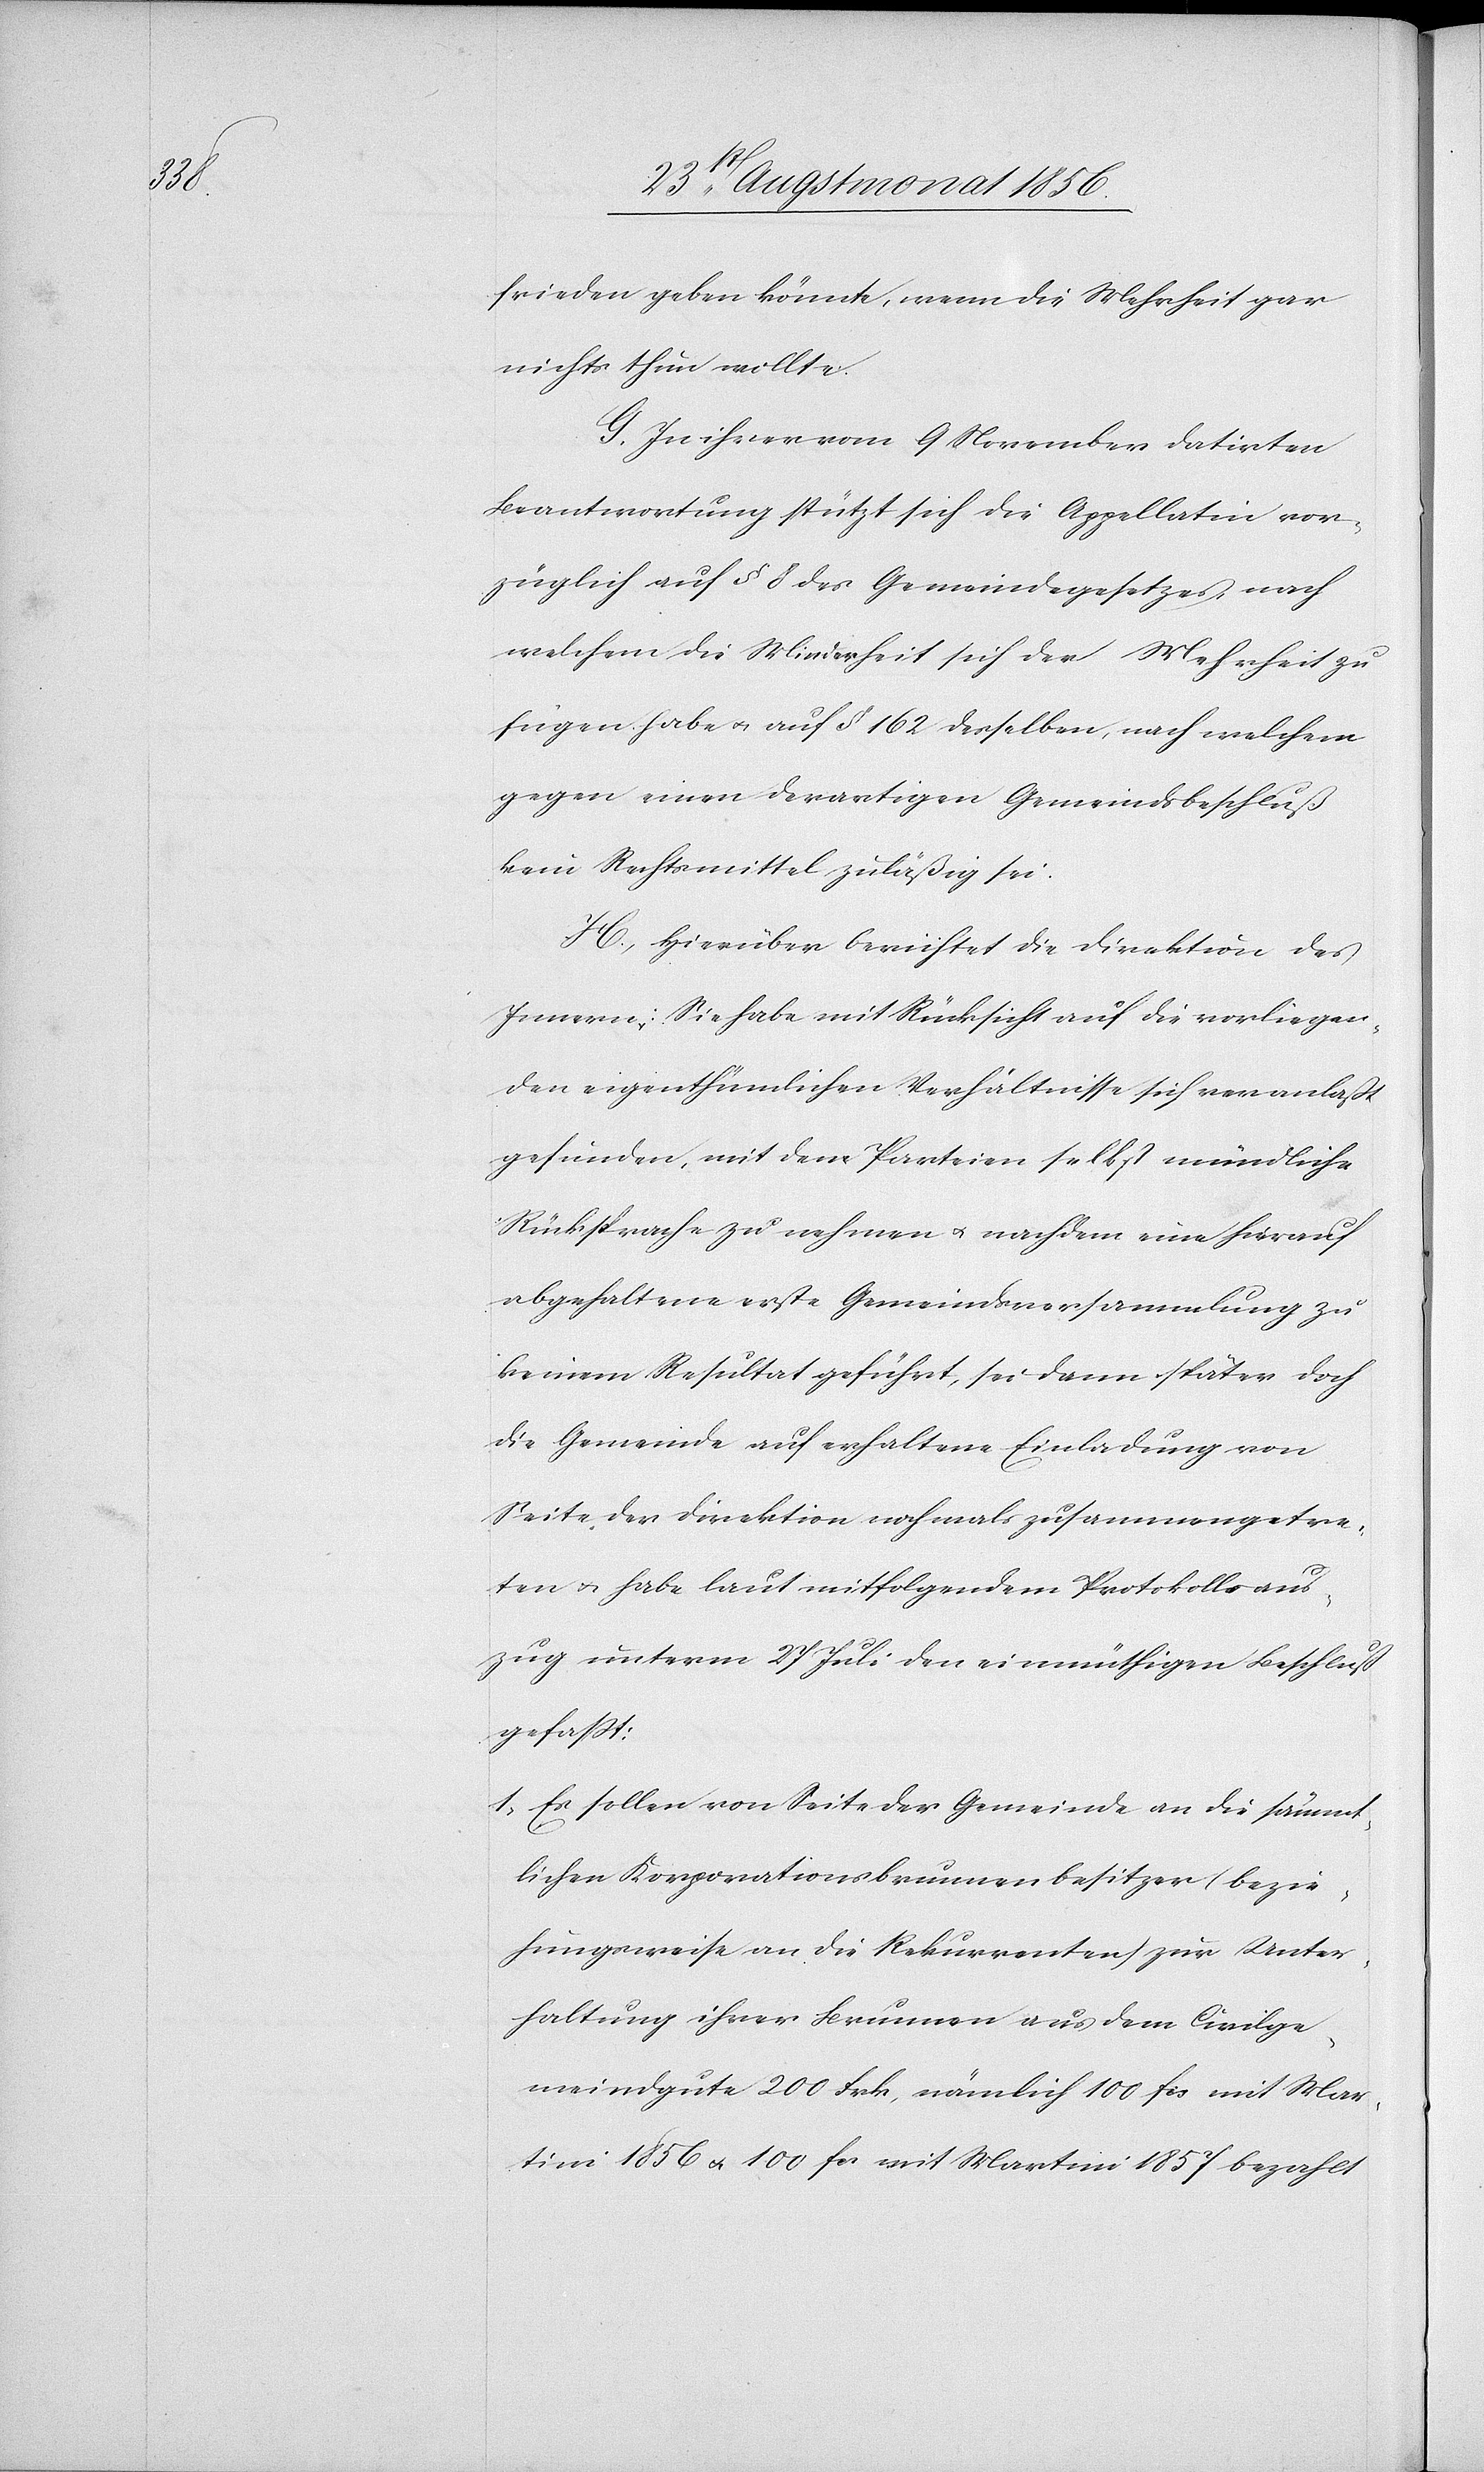
frieden geben könnte, wenn die Mehrheit gar
nichts thun wollte.
G. In ihrer vom 9 November datirten
Beantwortung stützt sich die Appellatin vor¬
züglich auf § 8 des Gemeindegesetzes, nach
welchem die Minderheit sich der Mehrheit zu
fügen habe u. auf § 162 desselben, nach welchem
gegen einen derartigen Gemeindsbeschluß
kein Rechtsmittel zuläßig sei.
H. Hierüber berichtet die Direktion des
Innern: Sie habe mit Rücksicht auf die vorliegen¬
den eigenthümlichen Verhältnisse sich veranlaßt
gefunden, mit den Parteien selbst mündliche
Rücksprache zu nehmen u. nachdem eine hierauf
abgehaltene erste Gemeindsversammlung zu
keinem Resultat geführt, sei dann später doch
die Gemeinde auf erhaltene Einladung von
Seite der Direktion nochmals zusammengetre¬
ten u. habe laut mitfolgendem Protokollsaus¬
zug unterm 27 Juli den einmüthigen Beschluß
gefasst:
1.) Es sollen von Seite der Gemeinde an die sämmt¬
lichen Korporationsbrunnenbesitzer (bezie¬
hungsweise an die Rekurrenten) zur Unter¬
haltung ihrer Brunnen aus dem Civilge¬
meindgute 200 Frk, nämlich 100 fcs mit Mar¬
tini 1856 u. 100 fcs mit Martini 1857 bezahlt